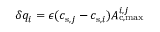
\delta q _ { i } = \epsilon ( c _ { \mathrm { s } , j } - c _ { \mathrm { s } , i } ) A _ { \mathrm { c , m a x } } ^ { i , j }